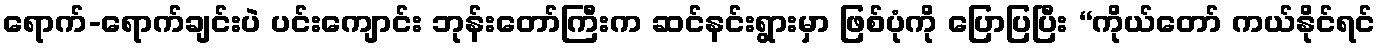
ရောက်-ရောက်ချင်းပဲ ပင်းကျောင်း ဘုန်းတော်ကြီးက ဆင်နင်းရွားမှာ ဖြစ်ပုံကို ပြောပြပြီး “ကိုယ်တော် ကယ်နိုင်ရင်